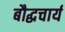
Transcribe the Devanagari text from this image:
बौद्धचार्य